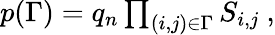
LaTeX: \begin{array}{r}{p(\Gamma)=q_{n}\prod_{(i,j)\in\Gamma}S_{i,j}\ ,}\end{array}